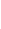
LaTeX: B\! \! \! \! \! \! \! \! \! \! \! \! _{i}\! \! \! \! \! \! \! \! \! \! \! \! =B\! \! \! \! \! \! \! \! \! \! \! \! _{r\! \! \! \! \! \! \! \! \! \! \! \! _{i}}\! \! \! \! \! \! \! \! \! \! \! \! (\! \! \! \! \! \! \! \! \! \! \! \! \mathbf{x}\! \! \! \! \! \! \! \! \! \! \! \! _{i}\! \! \! \! \! \! \! \! \! \! \! \! )\! \! \! \! \! \! \! \! \! \! \!